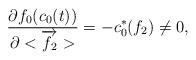
LaTeX: \begin{align*}{\partial f_0(c_0(t))\over \partial <\overrightarrow {f_2}>}=-c_0^\ast(f_2)\neq 0,\end{align*}